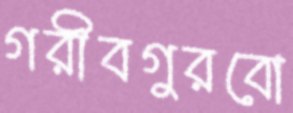
গরীবগুরবো